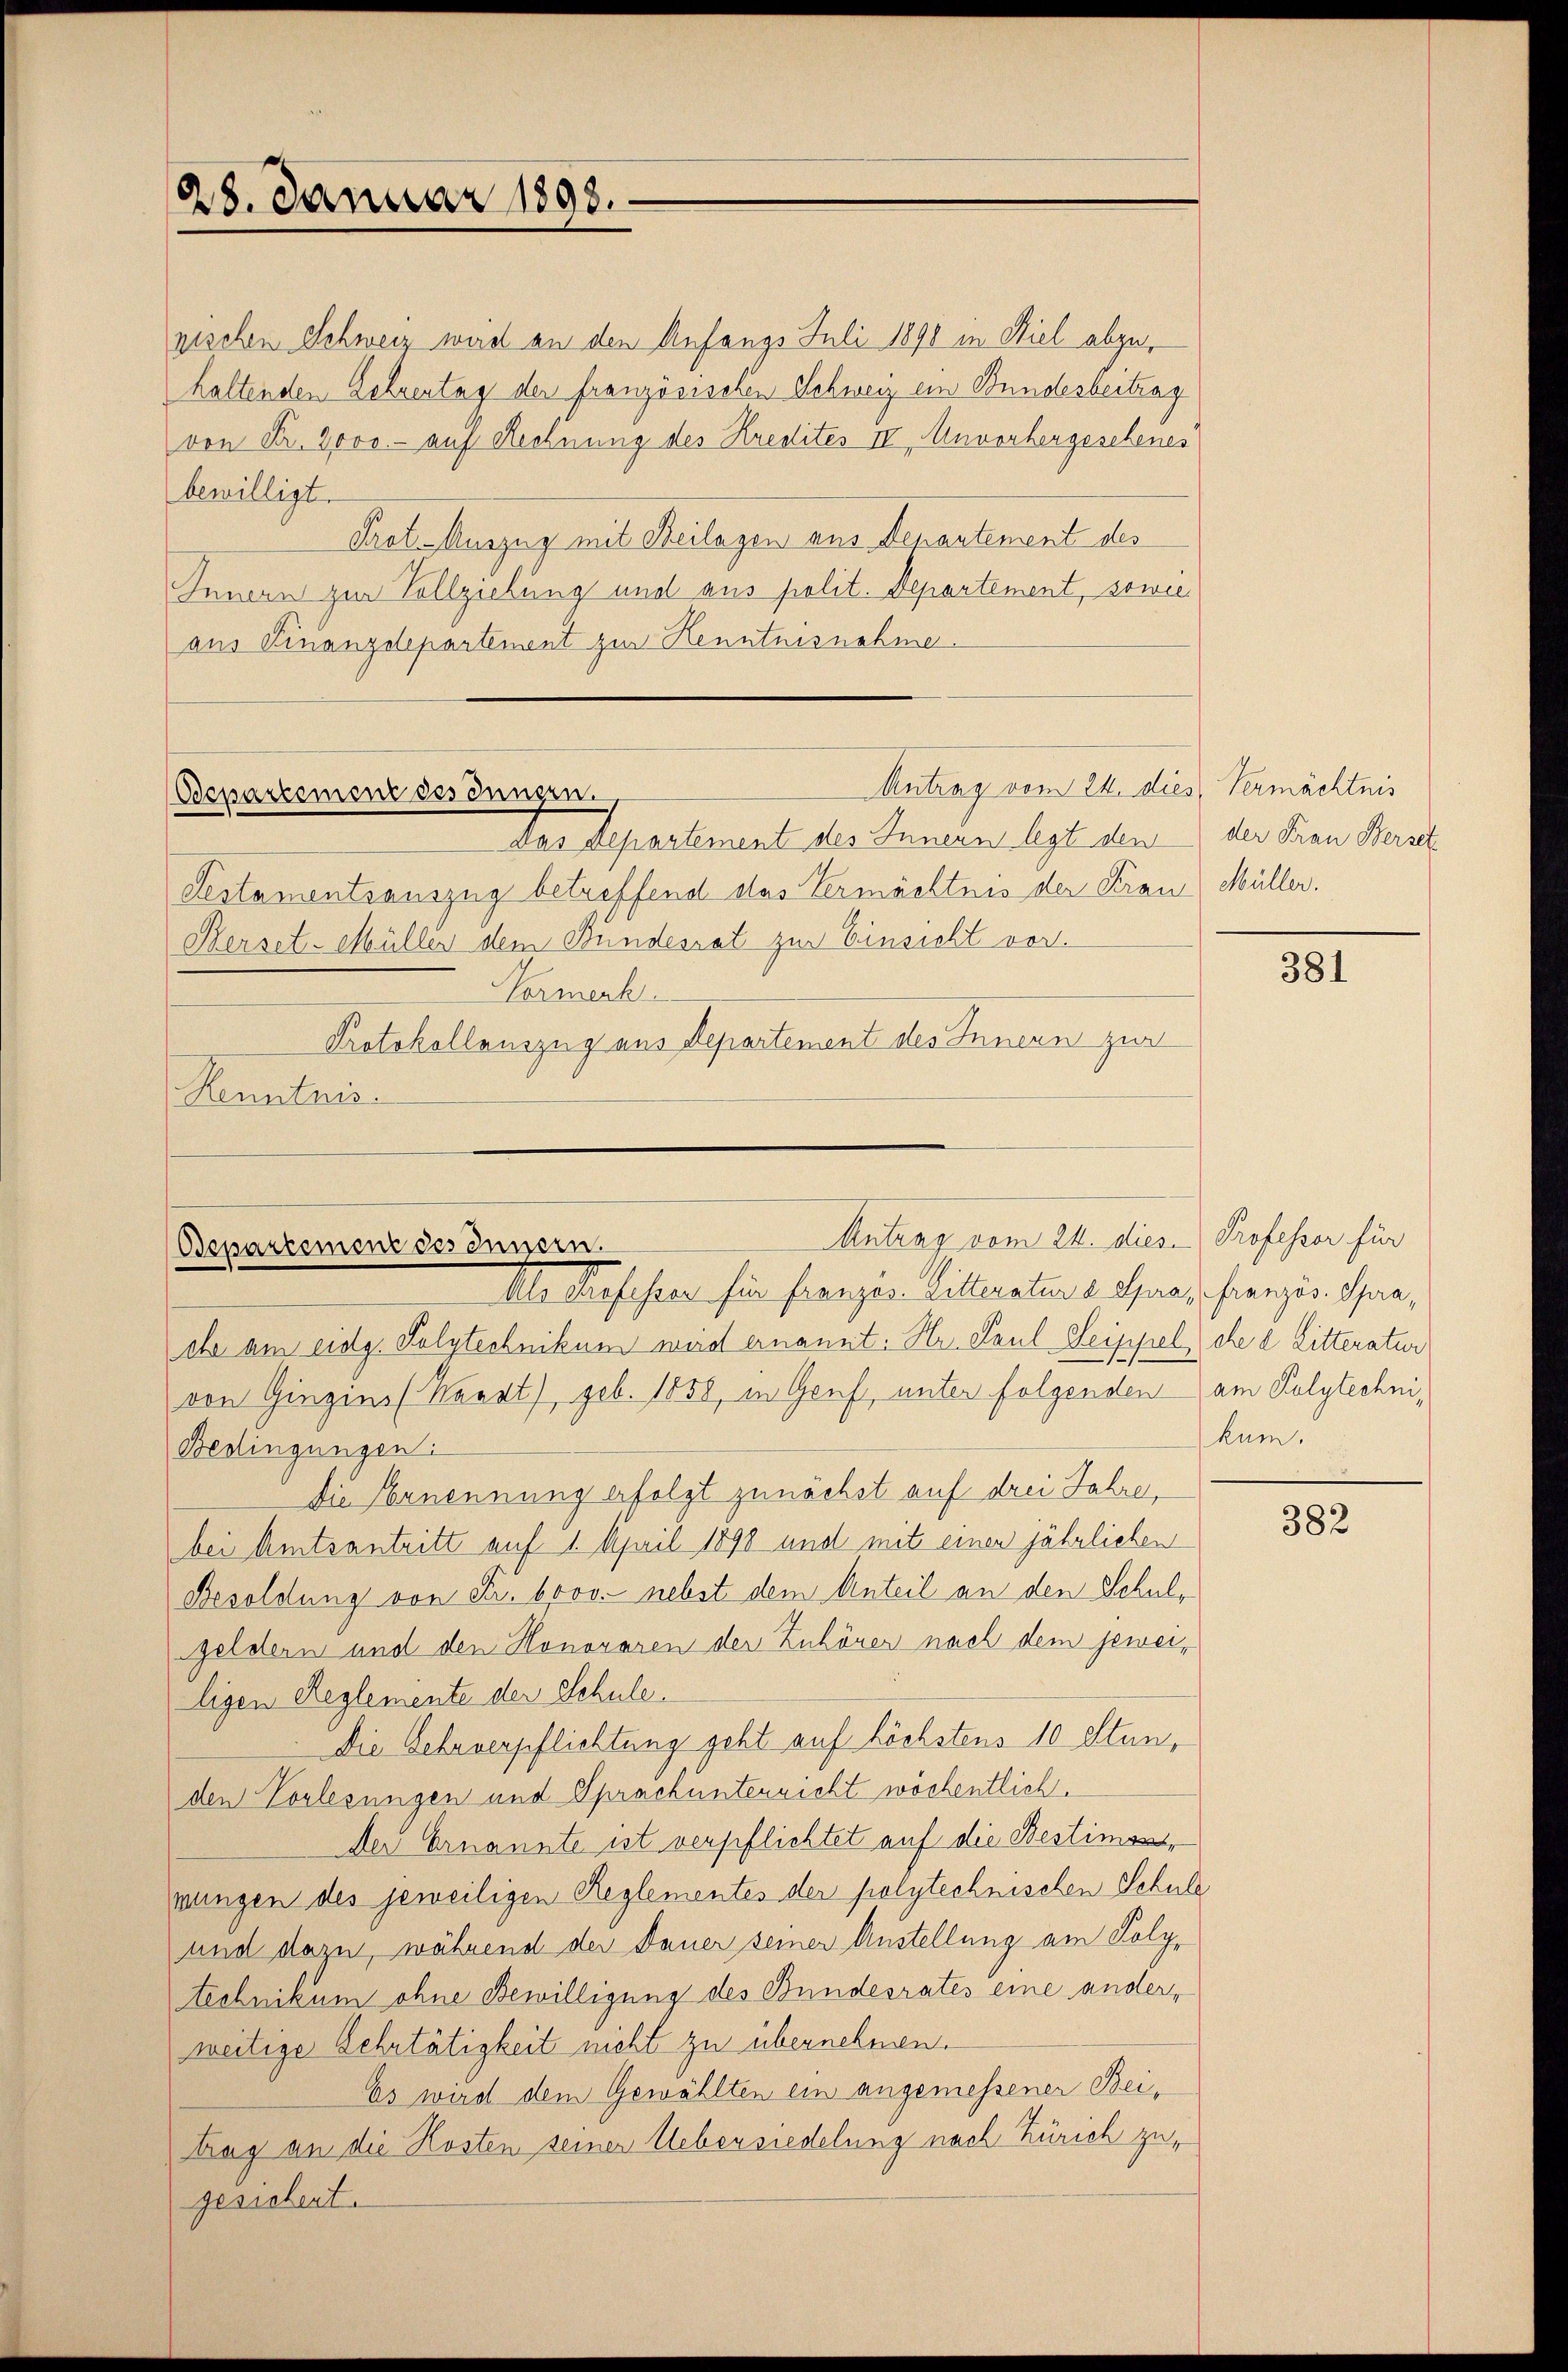
28. Januar 1898.

pischen Schweiz wird an den Anfangs Juli 1890 in Stiel abzuhaltenden Lehrentag der französischen Schweiz ein Bundesbeitrag
von Fr. 2000.- auf Rechnung des Kredites IV Anvorhergeschenes
bewilligt.
Prot. Auszug mit Beilagen aus Denantement des
Innern zur Vollziehung und aus polit. Departement, sowie
aus Finanzdepartement zur Kenntnisnahme.

Antrag vom 24. dies, Vermächtnis
Odepartement des Jungen.

Antrag vom 24. dies. Professor für
Departement des Innern.
Als Professor für Französ. Litteratur a Spra, französ. Spra¬

Das Departement des Innern legt den
Pestamentsauszug betreffend das Vermächtnis der Frau Müller.
Herset-Müller dem Bundesrat zur Einsicht vor.
Vormerk
Protokollauszug aus Departement des Innern zur
Kenntnis.

der Frau Berset

ehe am eidg. Solytechnikum wird ernannt: Hr. Paul Seippelche 2 Litteratur
von Gingins (Waadt), geb. 1858, in Genf, unter folgenden am Polytechni¬
Bedingungen:
Die Ernennung erfolgt zunächst auf drei Jahre,
bei Amtsantritt auf 1. April 1898 und mit einen jährlichen
Besoldung von Fr. brov. nebst dem Anteil an den Schul¬
Geldern und den Honoraren der Zuhörer nach dem jeweiligen Reglemente der Schule.
Die Geheverpflichtung geht auf höchstens 10 Stunden Vorlesungen und Sprach unterricht wöchentlich.
Der Ernannte ist verpflichtet auf die Bestimon,
wungen des jeweiligen Reglementes der polytechnischen Schule
und dazu, während der Dauer seiner Anstellung am Polytechnikum ohne Bewilligung des Bundesrates eine anderweitige Lehrtätigkeit nicht zu übernehmen.
Es wird dem Gewählten ein angemessener Beitrag an die Kosten seiner Uebersiedelung nach Zürich zu,
gesichent.

381

kum.

382